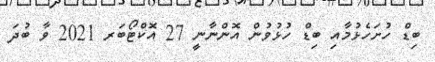
ބިޑް ހުށަހެޅުމާއި ބިޑް ހުޅުވުން އޮންނާނީ 27 އޮކްޓޯބަރ 2021 ވާ ބުދަ